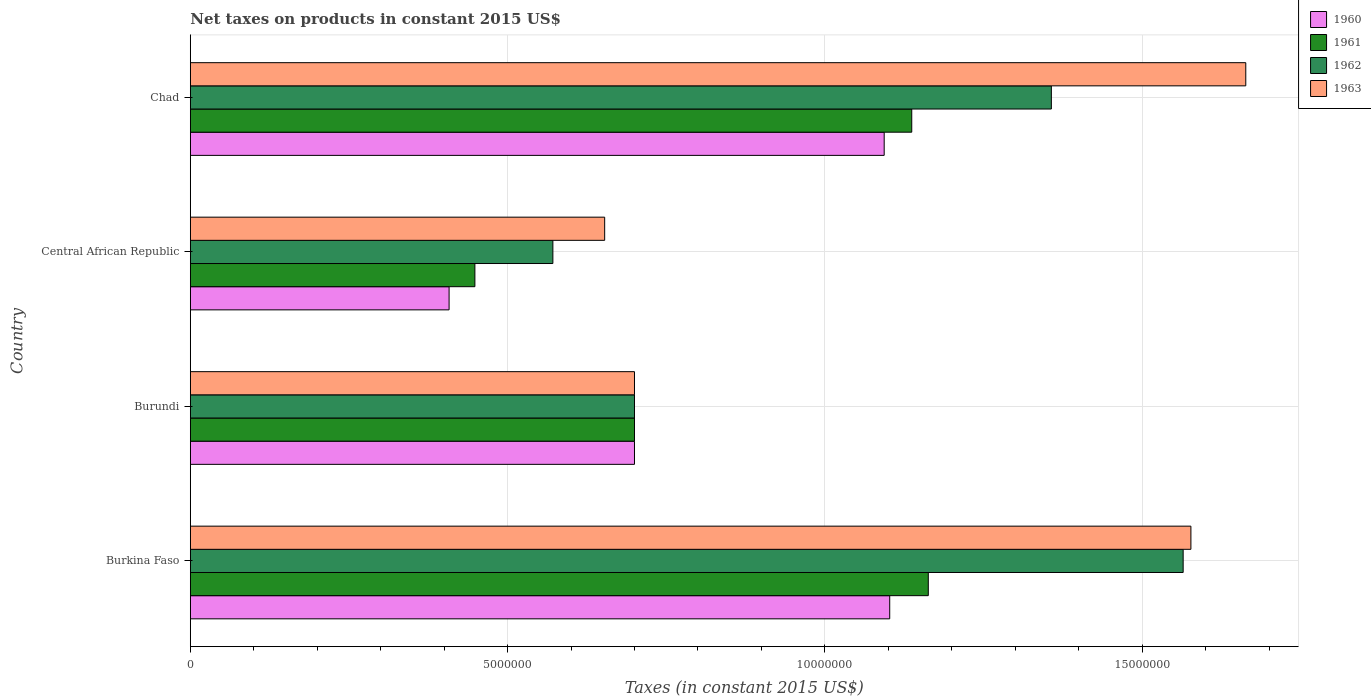
| Country | 1960 | 1961 | 1962 | 1963 |
 | --- | --- | --- | --- | --- |
 | Burkina Faso | 1.1e+07 | 1.16e+07 | 1.56e+07 | 1.58e+07 |
 | Burundi | 7e+06 | 7e+06 | 7e+06 | 7e+06 |
 | Central African Republic | 4.08e+06 | 4.49e+06 | 5.71e+06 | 6.53e+06 |
 | Chad | 1.09e+07 | 1.14e+07 | 1.36e+07 | 1.66e+07 |